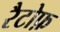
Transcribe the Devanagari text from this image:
रैटोफ़